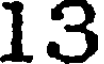
13